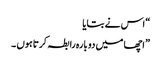
“ اس نے بتایا
” اچھا میں دو بارہ رابطہ کرتا ہوں ۔